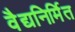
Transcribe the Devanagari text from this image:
वैद्यनिर्मित